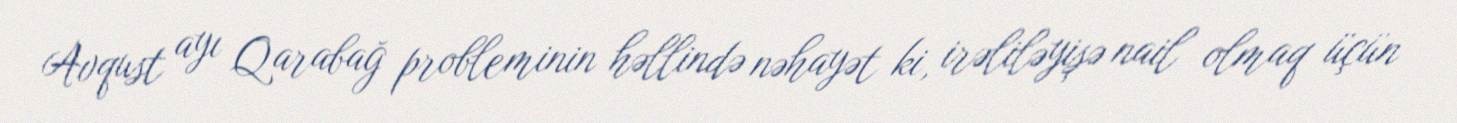
Avqust ayı Qarabağ probleminin həllində nəhayət ki, irəliləyişə nail olmaq üçün